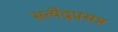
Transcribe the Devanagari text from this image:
सत्येंद्रप्रसन्न